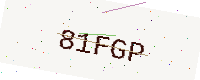
Text: 81FGP